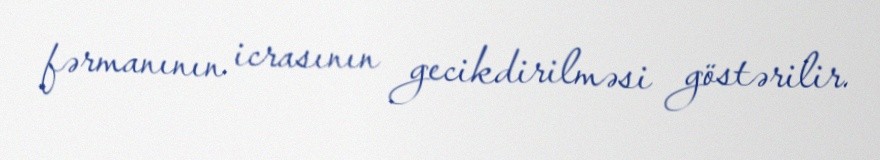
fərmanının icrasının gecikdirilməsi göstərilir.